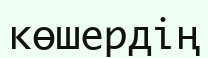
көшердің